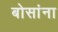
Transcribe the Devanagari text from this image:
बोसांना